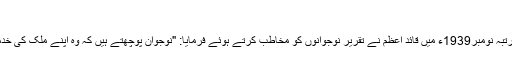
''
واقع کچھ یوں ہے کہ ایک مرتبہ نومبر1939ء میں قائدِ اعظم نے تقریر نوجوانوں کو مخاطب کرتے ہوئے فرمایا: "نوجوان پوچھتے ہیں کہ وہ اپنے ملک کی خدمت کس طرح کرسکتے ہیں۔